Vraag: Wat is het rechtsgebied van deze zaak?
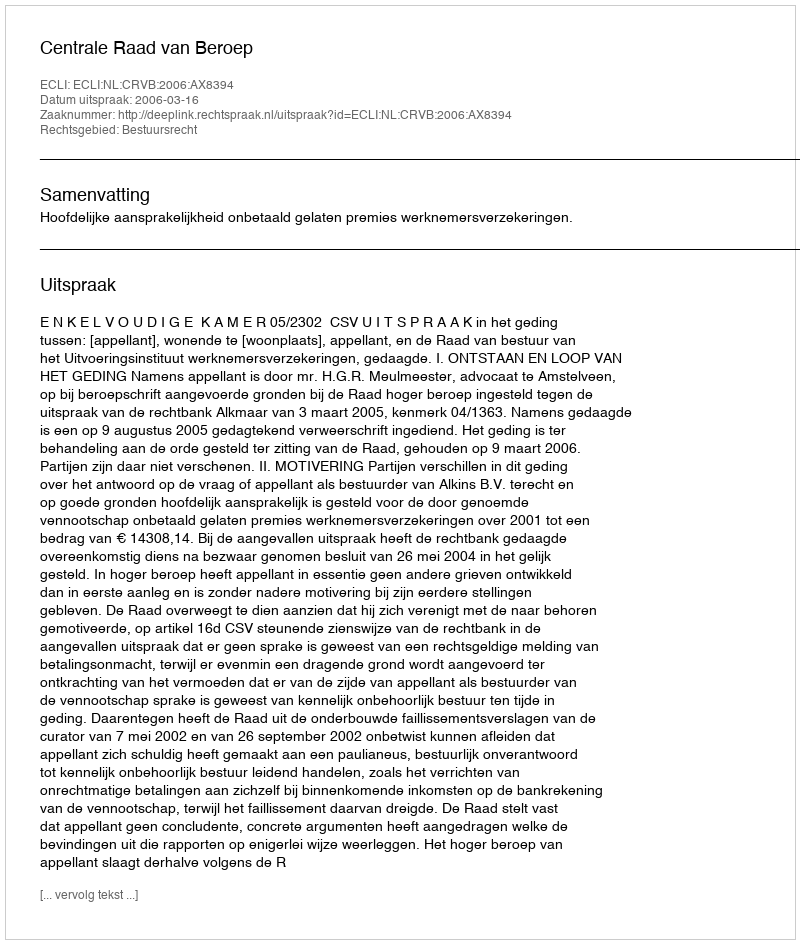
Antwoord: Bestuursrecht